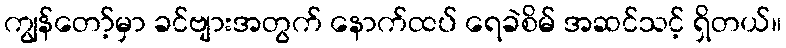
ကျွန်တော့်မှာ ခင်ဗျားအတွက် နောက်ထပ် ရေခဲစိမ် အဆင်သင့် ရှိတယ်။